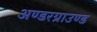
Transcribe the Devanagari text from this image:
अण्डरग्राउण्ड